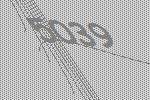
5039